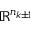
\mathbb { R } ^ { n _ { k \pm 1 } }